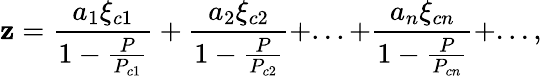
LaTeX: \mathbf{z}=\frac{{a_{1}\xi_{c1}}}{{1-\frac{{P}}{{P_{c1}}}}}+\frac{{a_{2}\xi_{c2}}}{{1-\frac{{P}}{{P_{c2}}}}}+...+\frac{{a_{n}\xi_{cn}}}{{1-\frac{{P}}{{P_{cn}}}}}+...,